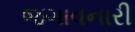
જગાવનારી